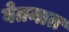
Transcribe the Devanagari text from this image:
वेतनात